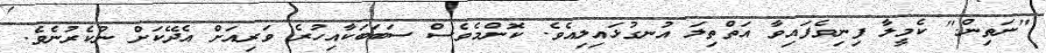
"ނަތިން." ކެމީލާ ފިނިވެފައިވާ އަތްތިލަ އުނގުޅައިލިއެވެ. ކޮންމެވެސް ސަބަބަކާއިހުރެ ވަރިއަށް އެދޭކަށް ނުކެރުނެވެ.